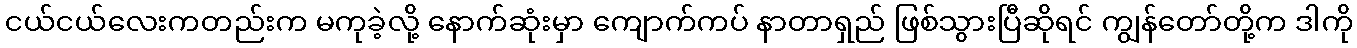
ငယ်ငယ်လေးကတည်းက မကုခဲ့လို့ နောက်ဆုံးမှာ ကျောက်ကပ် နာတာရှည် ဖြစ်သွားပြီဆိုရင် ကျွန်တော်တို့က ဒါကို